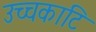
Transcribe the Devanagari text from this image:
उच्चकाटि